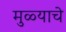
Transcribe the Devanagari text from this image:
मुळ्याचे